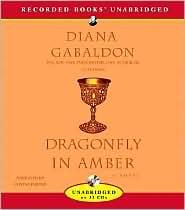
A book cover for Dragonfly in Amber Publisher: Recorded Books; Diana Gabaldon; Romance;